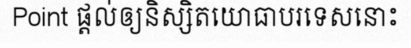
Point ផ្តល់ឲ្យនិស្សិតយោធាបរទេសនោះ